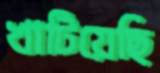
খাটিয়েছি